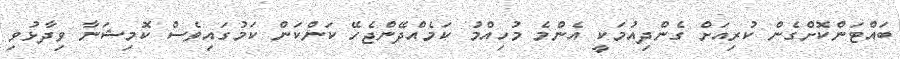
ބައްޓަންކޮށްގެން ކުރިއަށް ގެންދިއުމަކީ އެންމެ މުހިއްމު ކަމެއްދޭންޖެހޭ ކަންކަން ކަމުގައިވެސް ކޮމިޝަނާ ވިދާޅުވި